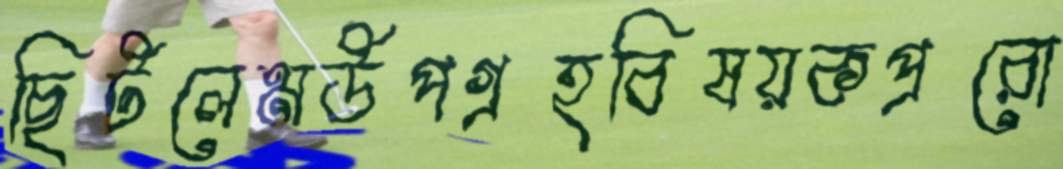
ছিটলেমউপগ্রহবিষয়কপ্ররো